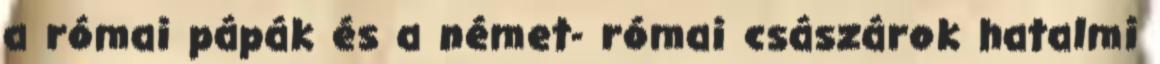
a római pápák és a német- római császárok hatalmi